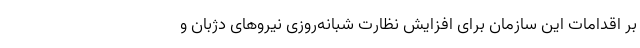
بر اقدامات این سازمان برای افزایش نظارت شبانه‌روزی نیروهای دژبان و